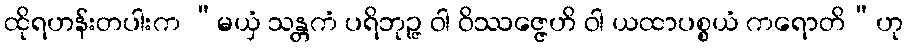
ထိုရဟန်းတပါးက “မယှံ သန္တကံ ပရိဘုဉ္ဇ ဝါ ဝိဿဇ္ဇေဟိ ဝါ ယထာပစ္စယံ ကရောတိ”ဟု